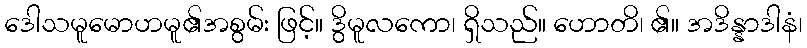
ဒေါသမူမောဟမူ၏အစွမ်း ဖြင့်။ ဒွိမူလကော၊ ရှိသည်။ ဟောတိ၊ ၏။ အဒိန္နာဒါနံ၊